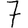
Digit: 7